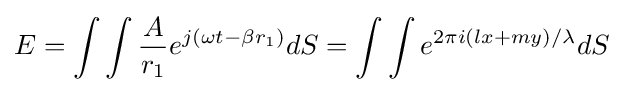
E=\int \int {\frac {A}{r_{1}}}e^{j(\omega t-\beta r_{1})}dS=\int \int e^{2\pi i(lx+my)/\lambda }dS